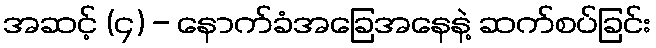
အဆင့် (၄) - နောက်ခံအခြေအနေနဲ့ ဆက်စပ်ခြင်း